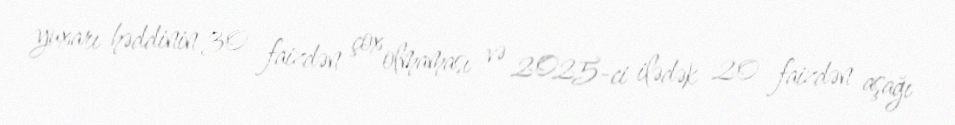
yuxarı həddinin 30 faizdən çox olmaması və 2025-ci ilədək 20 faizdən aşağı